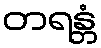
တရန္တံ